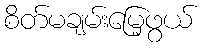
စိတ်မချမ်းမြေ့ဖွယ်